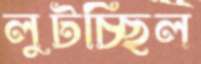
লুটচ্ছিল